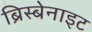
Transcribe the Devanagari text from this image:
ब्रिस्बेनाइट